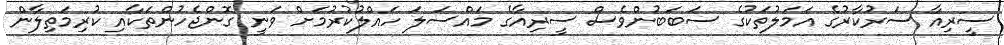
ސީރިއާ ސަރުކާރުގެ އަމަލުތަކުގެ ސަބަބުންވެސް ސީރިއާގެ މައްސަލަ ހައްލުކުރުމަށް ވަނީ ގޮންޖެހުންތަކާއި ކުރިމަތިލާން